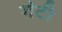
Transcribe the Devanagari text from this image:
गंटी